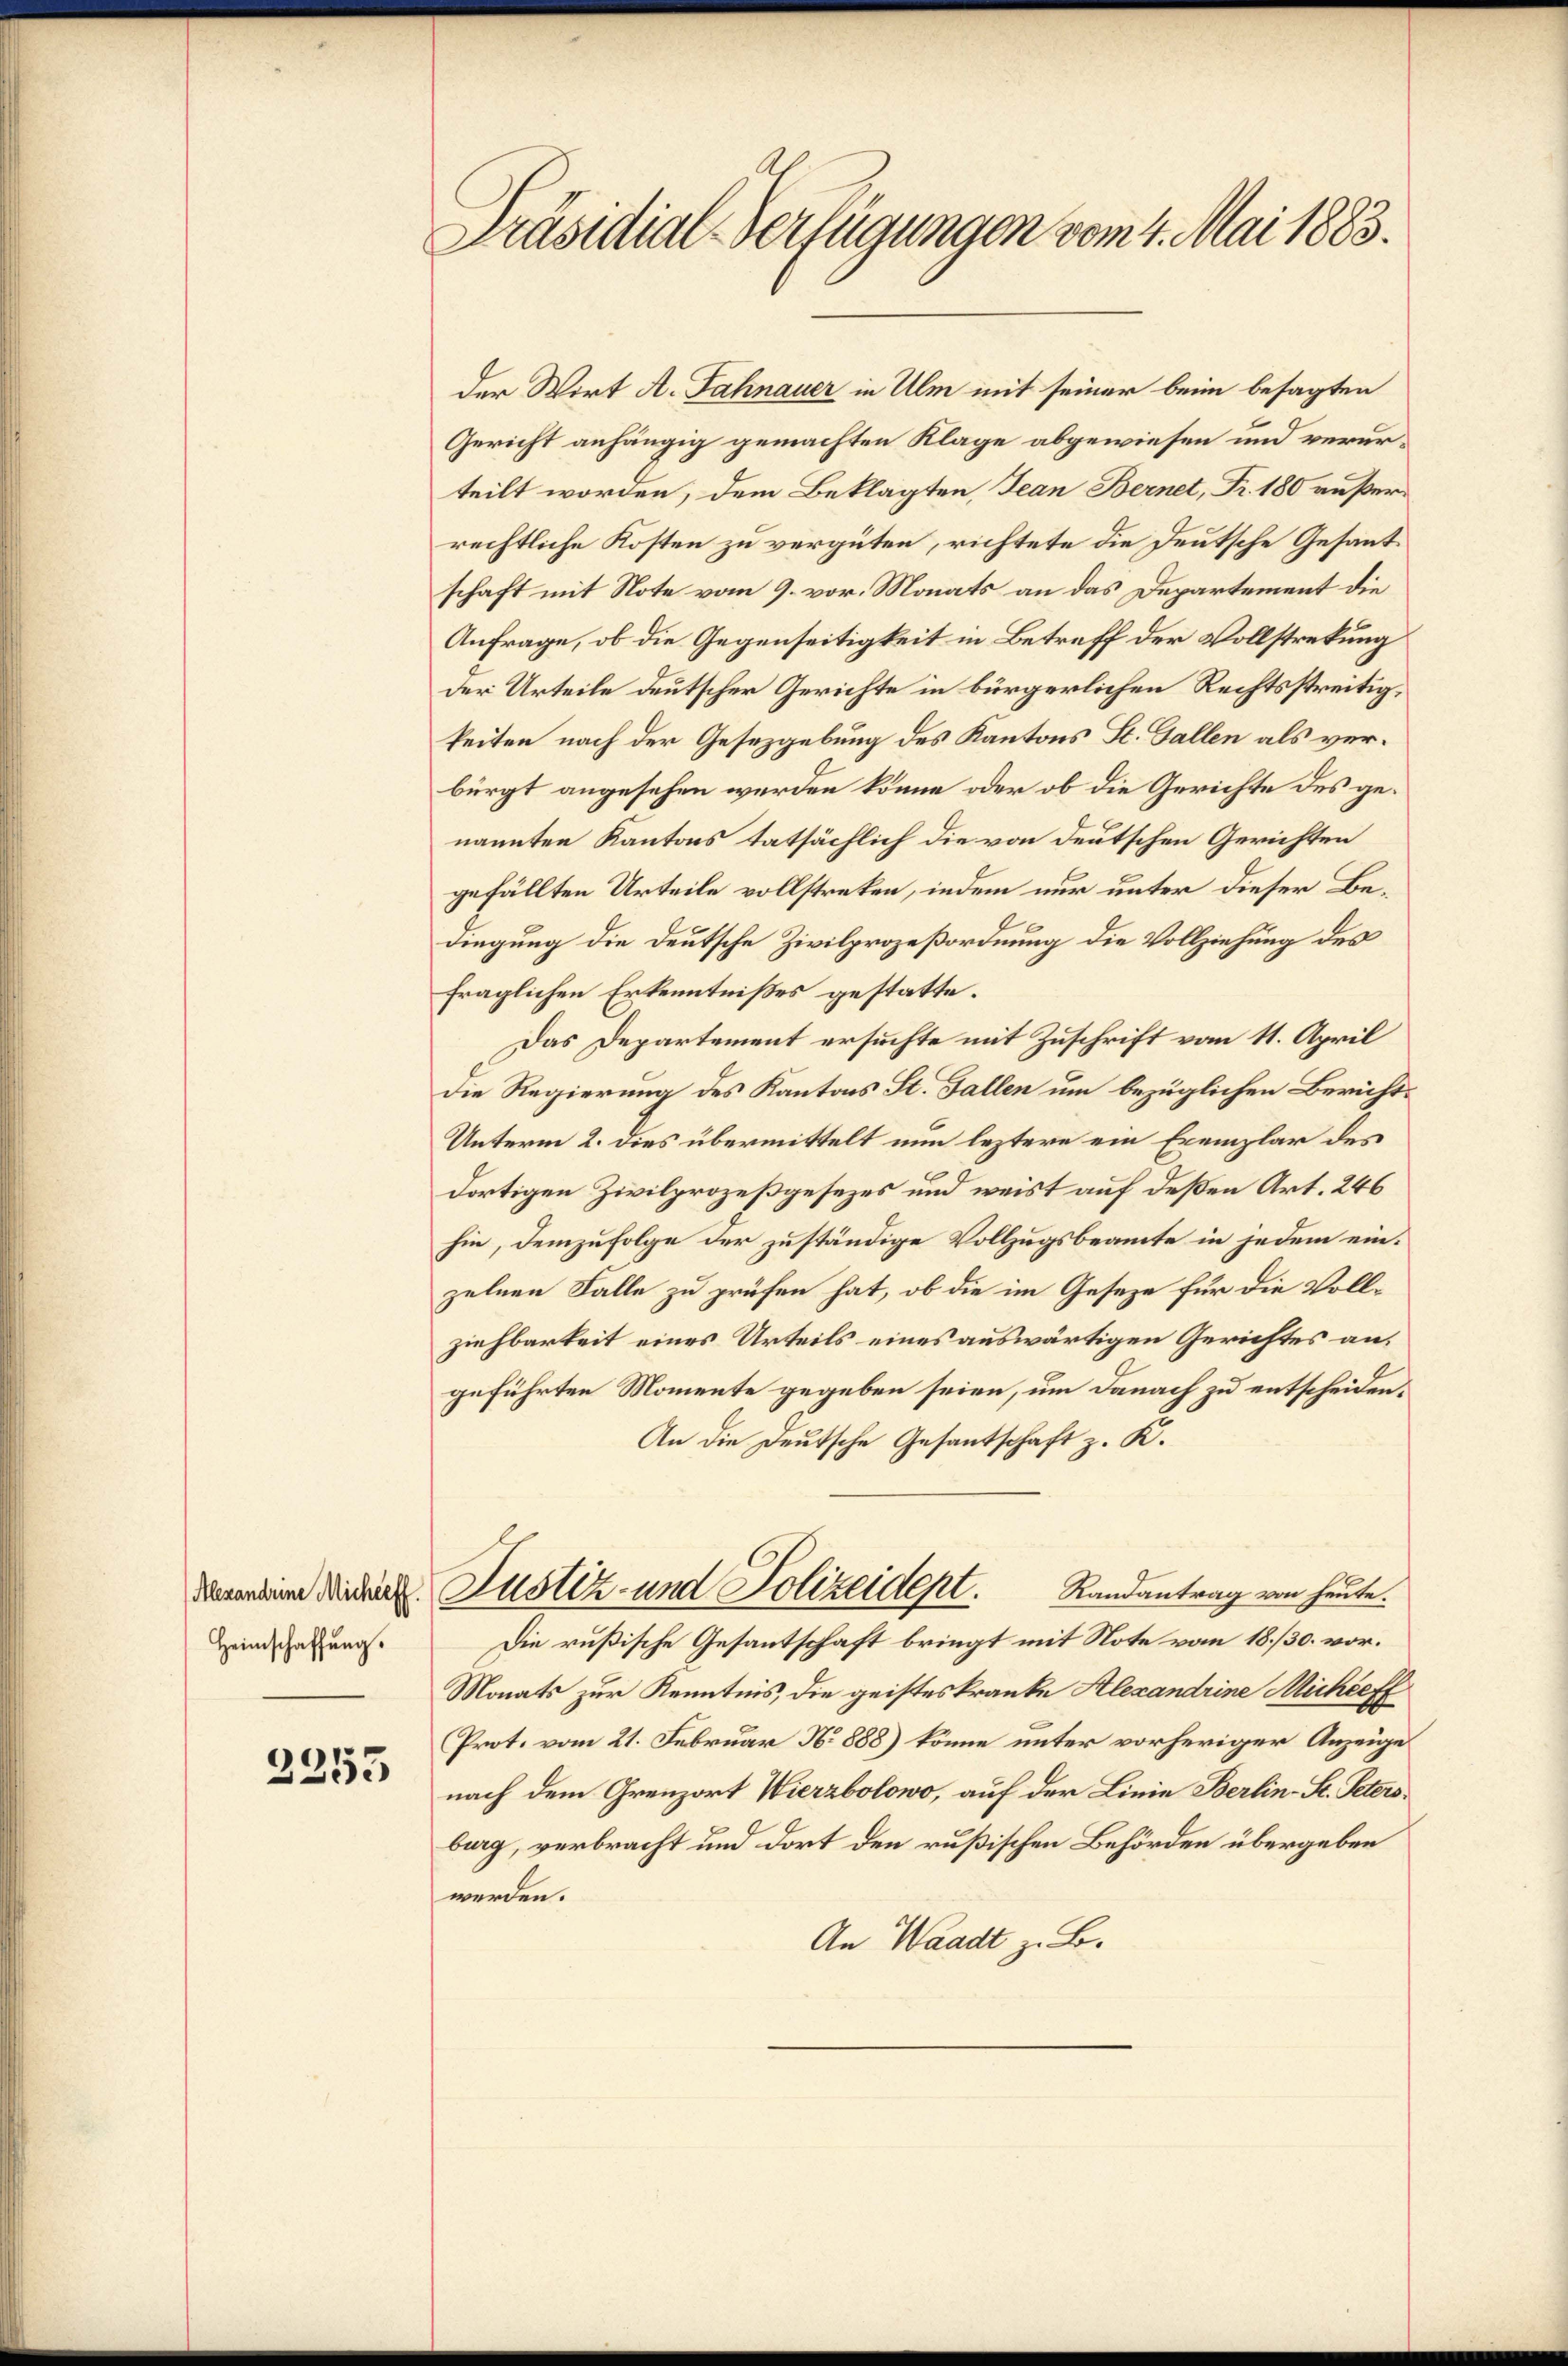
Heimschaffung.

2255

Präsidial-Verfügungen vom 4. Mai 1883.

der Wort A. Fahnauer in Ulm mit seiner beim besagten
Gericht anhängig gemachten Klage abgewiesen und verurteilt worden, dem Beklagten, Jean Bernet, Fr. 180 außerrechtliche Kosten zu vergüten, richtete die Deutsche Gesantschaft mit Note vom 9. vor. Monats an das Departement die
Anfrage, ob die Gegenseitigkeit in Betreff der Vollstreckung
der Urteile deutscher Gerichte in bürgerlichen Rechtsstreitigkeiten nach der Gesetzgebung des Kantons St. Gallen als verbürgt angesehen werden könne oder ob die Gerichte des genannten Kantons tatsächlich die von deutschen Gerichten
gefällten Urteile vollstreken, indem nur unter dieser Bedingung die Deutsche Zivilprozeßordnung die Vollziehung des
fraglichen Erkenntnißes gestatte.
Das Departement ersuchte mit Zuschrift vom 11. April
die Regierung des Kantons St. Gallen um bezüglichen Bericht¬
Unterm 2. dies übermittelt nun leztere ein Exemplar des
dortigen Zivilprozeßgesezes und weist auf deßen Art. 246
hin, demzufolge der zuständige Vollzugsbeamte in jedem einzelnen Falle zu prüfen hat, ob die im Geseze für die Vollziehbarkeit eines Urteils eines auswärtigen Gerichtes an.
geführten Momente gegeben seien, um danach zu entscheiden¬
An die Deutsche Gesantschaft z. K.
demeine Wider Justiz- und Polizeidept. Randantrag von heute.
Die rußische Gesantschaft bringt mit Note vom 18./30. vor.
Monats zur Kenntnis, die geisteskranke Alexandrine Michieff
Prot. vom 21. Februar No 888) könne unter vorheriger Anzeige
nach dem Grenzort Wierzbolowo, auf der Linie Berlin-St. Petersburg, verbracht und dort den rußischen Behörden übergeben
werden.
An Waadt z. B.